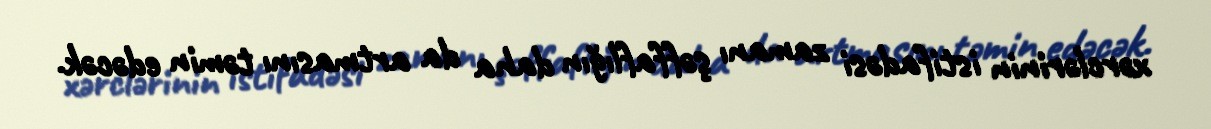
xərclərinin istifadəsi zamanı şəffaflığın daha da artmasını təmin edəcək.